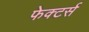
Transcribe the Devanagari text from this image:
फेक्टर्स